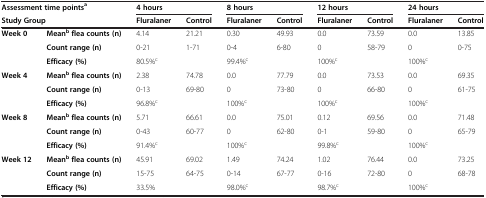
| <COLSPAN=2> Assessment time pointsa | <COLSPAN=2> 4 hours | <COLSPAN=2> 8 hours | <COLSPAN=2> 12 hours | <COLSPAN=2> 24 hours |
 | <COLSPAN=2> Study Group | Fluralaner | Control | Fluralaner | Control | Fluralaner | Control | Fluralaner | Control |
 | --- | --- | --- | --- | --- | --- | --- | --- | --- | --- |
 | <ROWSPAN=3> Week 0 | Meanbflea counts (n) | 4.14 | 21.21 | 0.30 | 49.93 | 0.0 | 73.59 | 0.0 | 13.85 |
 | Count range (n) | 0-21 | 1-71 | 0-4 | 6-80 | 0 | 58-79 | 0 | 0-75 |
 | Efficacy (%) | <COLSPAN=2> 80.5%c | <COLSPAN=2> 99.4%c | <COLSPAN=2> 100%c | <COLSPAN=2> 100%c |
 | <ROWSPAN=3> Week 4 | Meanbflea counts (n) | 2.38 | 74.78 | 0.0 | 77.79 | 0.0 | 73.53 | 0.0 | 69.35 |
 | Count range (n) | 0-13 | 69-80 | 0 | 73-80 | 0 | 66-80 | 0 | 61-75 |
 | Efficacy (%) | <COLSPAN=2> 96.8%c | <COLSPAN=2> 100%c | <COLSPAN=2> 100%c | <COLSPAN=2> 100%c |
 | <ROWSPAN=3> Week 8 | Meanbflea counts (n) | 5.71 | 66.61 | 0.0 | 75.01 | 0.12 | 69.56 | 0.0 | 71.48 |
 | Count range (n) | 0-43 | 60-77 | 0 | 62-80 | 0-1 | 59-80 | 0 | 65-79 |
 | Efficacy (%) | <COLSPAN=2> 91.4%c | <COLSPAN=2> 100%c | <COLSPAN=2> 99.8%c | <COLSPAN=2> 100%c |
 | <ROWSPAN=3> Week 12 | Meanbflea counts (n) | 45.91 | 69.02 | 1.49 | 74.24 | 1.02 | 76.44 | 0.0 | 73.25 |
 | Count range (n) | 15-75 | 64-75 | 0-14 | 67-77 | 0-16 | 72-80 | 0 | 68-78 |
 | Efficacy (%) | <COLSPAN=2> 33.5% | <COLSPAN=2> 98.0%c | <COLSPAN=2> 98.7%c | <COLSPAN=2> 100%c |